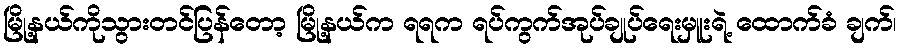
မြို့နယ်ကိုသွားတင်ပြန်တော့ မြို့နယ်က ရရက ရပ်ကွက်အုပ်ချုပ်ရေးမှူးရဲ့ ထောက်ခံ ချက်၊